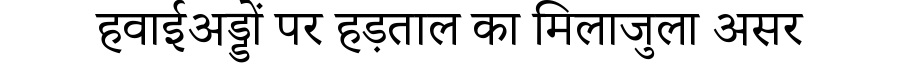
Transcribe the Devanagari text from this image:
हवाईअड्डों पर हड़ताल का मिलाजुला असर